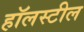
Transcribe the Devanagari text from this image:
हॉलस्टील